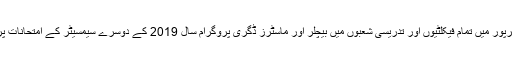
02 دسمبر2019ء) شاہ عبداللطیف یونیورسٹی خیرپور میں تمام فیکلٹیوں اور تدریسی شعبوں میں بیچلر اور ماسٹرز ڈگری پروگرام سال 2019 کے دوسرے سیمسیٹر کے امتحانات پر امن ماحول میں نظم وضبط سے شروع ہو گئے۔